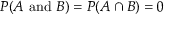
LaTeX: P ( A { \mathrm { ~ a n d ~ } } B ) = P ( A \cap B ) = 0